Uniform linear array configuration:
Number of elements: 4
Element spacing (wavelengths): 1
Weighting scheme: cosine
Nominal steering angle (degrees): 45
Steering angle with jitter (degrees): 46.772
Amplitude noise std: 0.05
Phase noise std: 0.05

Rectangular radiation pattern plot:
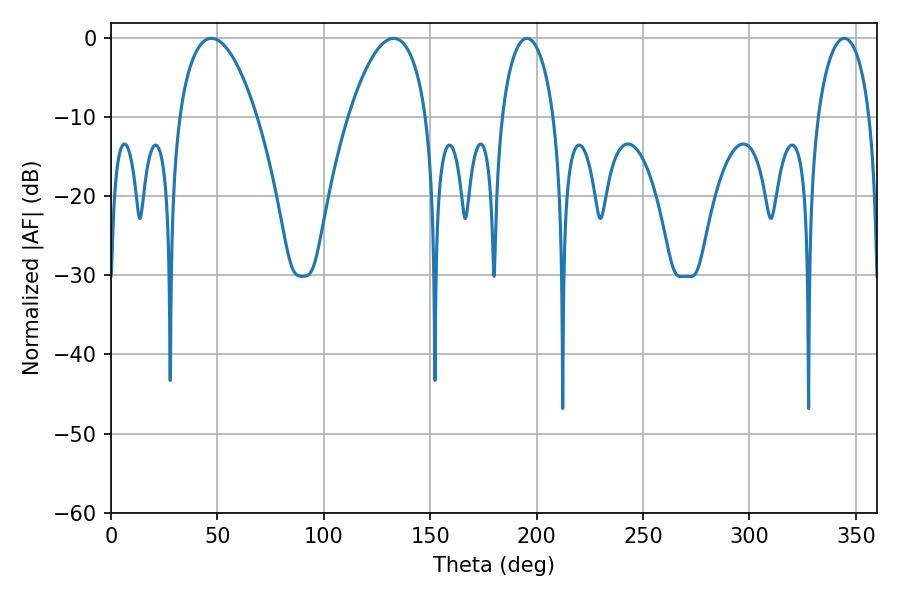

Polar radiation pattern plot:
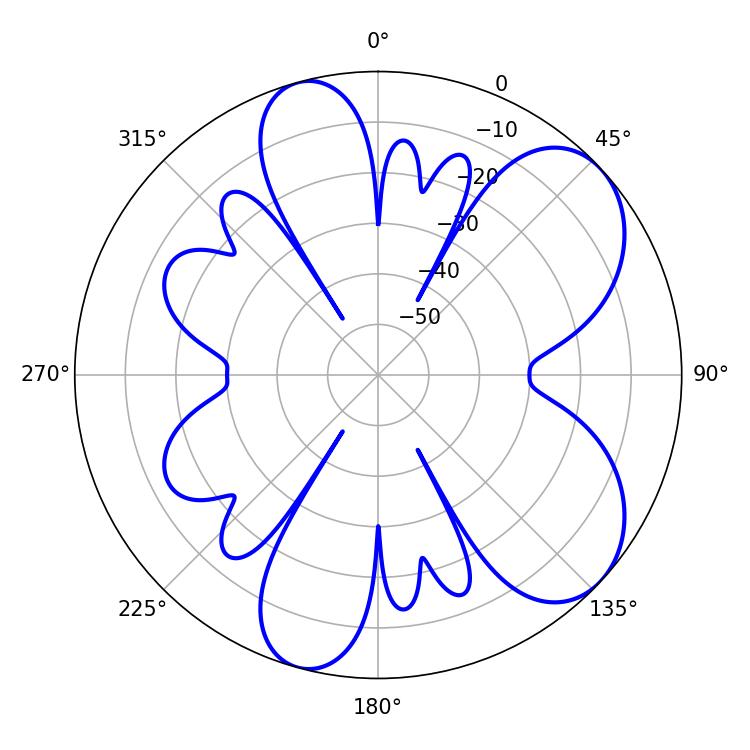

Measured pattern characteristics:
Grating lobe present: TRUE
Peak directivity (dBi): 6.994
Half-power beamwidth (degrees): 20.52
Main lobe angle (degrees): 47.16